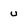
Character: u